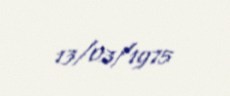
13/03/1975